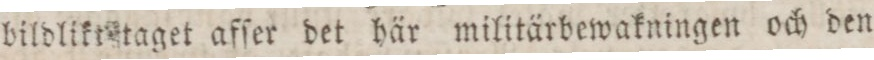
bildlikt taget afſer det här militärbewakningen och den